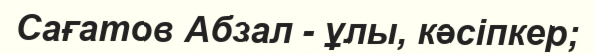
Сағатов Абзал - ұлы, кәсіпкер;